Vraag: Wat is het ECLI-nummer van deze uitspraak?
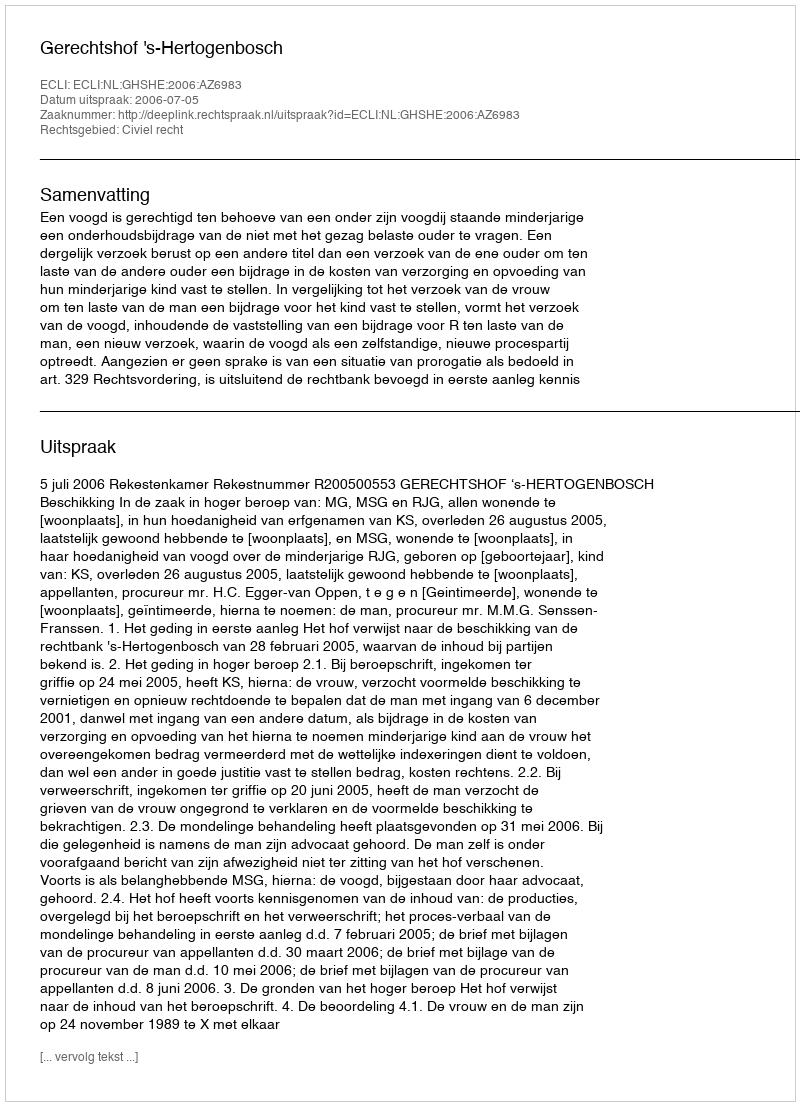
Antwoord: ECLI:NL:GHSHE:2006:AZ6983